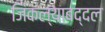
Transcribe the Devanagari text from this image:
जिंकल्याबद्दल